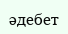
әдебет